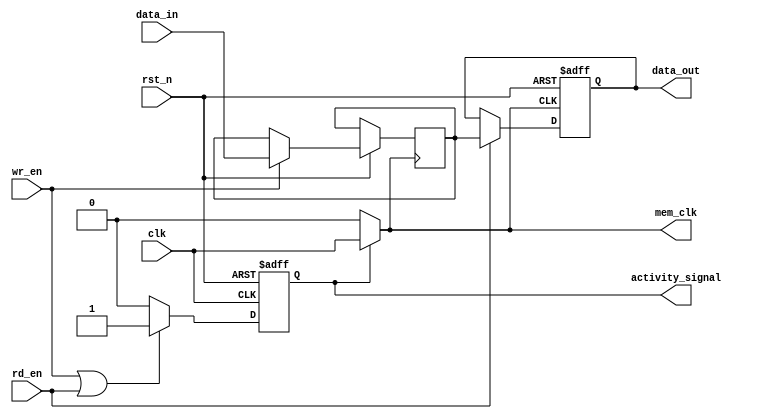
module MemoryBlockClockGating (
    input wire clk,               // Global clock input
    input wire rst_n,             // Active-low reset
    input wire wr_en,             // Write enable signal
    input wire rd_en,             // Read enable signal
    input wire [7:0] data_in,     // Data input for write operation
    output reg [7:0] data_out,    // Data output for read operation
    output wire mem_clk,          // Gated clock output for the memory block
    output wire activity_signal    // Activity signal output
);

// Memory storage (Example size)
reg [7:0] memory [0:255];  // 256 x 8-bit memory
reg activity;               // Activity flag

// Clock gating logic
assign mem_clk = activity ? clk : 1'b0;

// Activity monitoring logic
always @(posedge clk or negedge rst_n) begin
    if (!rst_n) begin
        activity <= 1'b0;
    end else begin
        if (wr_en || rd_en) 
            activity <= 1'b1; // Set activity if there's a read or write
        else 
            activity <= 1'b0; // Deactivate if neither operation is requested
    end
end

// Output activity signal
assign activity_signal = activity;

// Memory operation logic
always @(posedge mem_clk or negedge rst_n) begin
    if (!rst_n) begin
        data_out <= 8'b0; // Reset output
    end else begin
        if (wr_en) begin
            // Write data to memory
            memory[0] <= data_in; // Example write operation at address 0
        end
        if (rd_en) begin
            // Read data from memory
            data_out <= memory[0]; // Example read operation from address 0
        end
    end
end

endmodule